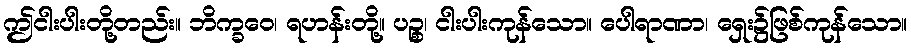
ဤငါးပါးတို့တည်း။ ဘိက္ခဝေ၊ ရဟန်းတို့။ ပဉ္စ၊ ငါးပါးကုန်သော။ ပေါရာဏာ၊ ရှေး၌ဖြစ်ကုန်သော။